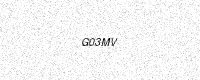
Text: G03MV